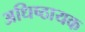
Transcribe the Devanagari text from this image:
अधिष्ठायक